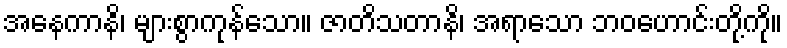
အနေကာနိ၊ များစွာကုန်သော။ ဇာတိသတာနိ၊ အရာသော ဘဝဟောင်းတို့ကို။